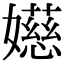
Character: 嬨